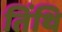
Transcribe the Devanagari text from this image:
तिंथि